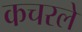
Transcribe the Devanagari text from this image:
कचरले